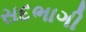
સદભાગી